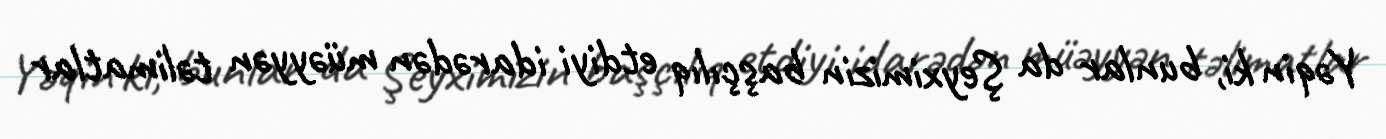
Yəqin ki, bunlar da Şeyximizin başçılıq etdiyi idarədən müəyyən təlimatlar